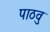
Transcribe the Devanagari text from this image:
पाठवु